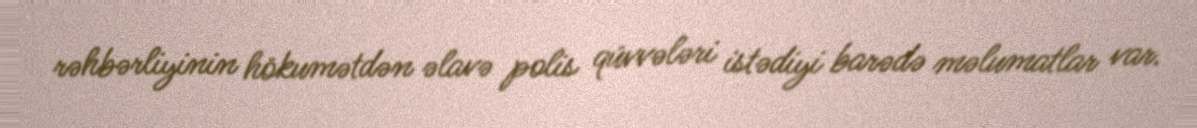
rəhbərliyinin hökumətdən əlavə polis qüvvələri istədiyi barədə məlumatlar var.